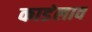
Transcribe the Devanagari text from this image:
काडंलाव